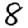
Digit: 8